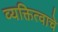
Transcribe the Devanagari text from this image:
व्यक्तित्वाचे